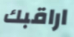
اراقبك